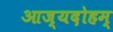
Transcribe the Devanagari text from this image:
आज्यदोहम्